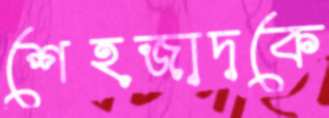
শেহজাদকে